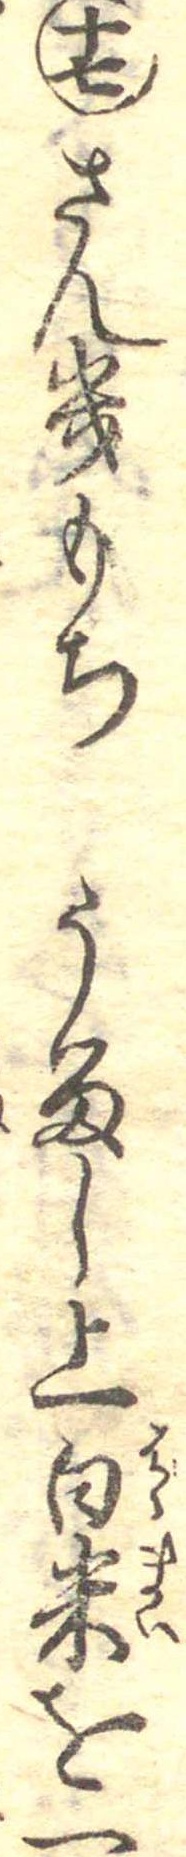
十七さんきもちうるし上白米を一